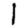
Digit: 1